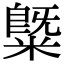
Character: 䊠